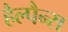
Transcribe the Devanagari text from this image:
हैल्पैन्स